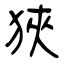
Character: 狹